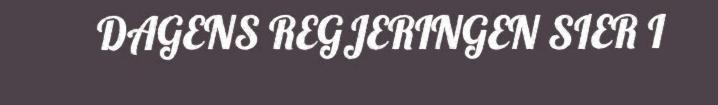
DAGENS REGJERINGEN SIER I